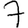
Digit: 7